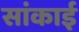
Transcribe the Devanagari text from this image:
सांकाई